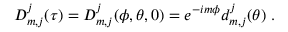
D _ { m , j } ^ { j } ( \tau ) = D _ { m , j } ^ { j } ( \phi , \theta , 0 ) = e ^ { - i m \phi } d _ { m , j } ^ { j } ( \theta ) \ .